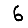
Digit: 6